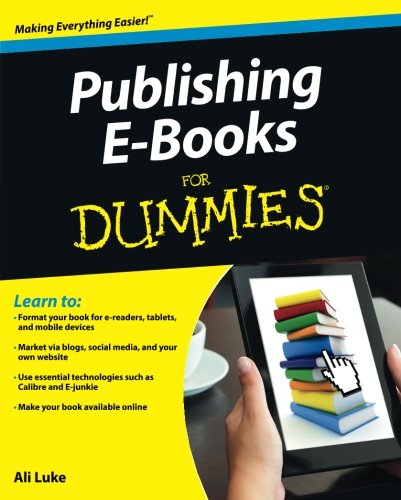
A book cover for Publishing E-Books For Dummies; Ali Luke; Computers & Technology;